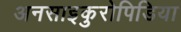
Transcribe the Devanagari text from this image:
अनसाइकुरोपिडिया